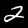
Digit: 2